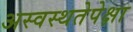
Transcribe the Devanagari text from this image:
अस्वस्थतेपेक्षा